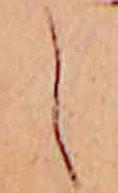
し